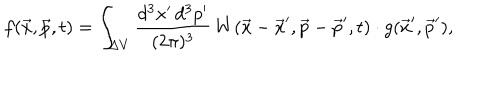
f ( \vec { x } , \vec { p } , t ) = \int _ { \Delta V } { \frac { d ^ { 3 } x ^ { \prime } \, d ^ { 3 } p ^ { \prime } } { ( 2 \pi ) ^ { 3 } } } \, W ( \vec { x } - \vec { x } ^ { \prime } , \vec { p } - \vec { p } ^ { \prime } , t ) \cdot g ( \vec { x } ^ { \prime } , \vec { p } ^ { \prime } ) ,